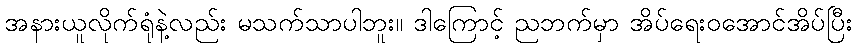
အနားယူလိုက်ရုံနဲ့လည်း မသက်သာပါဘူး။ ဒါကြောင့် ညဘက်မှာ အိပ်ရေးဝအောင်အိပ်ပြီး